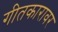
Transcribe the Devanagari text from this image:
गीतकारावर